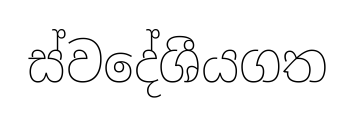
ස්වදේශීයගත